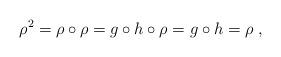
LaTeX: \begin{align*}\rho^2=\rho\circ\rho=g\circ h\circ\rho=g\circ h=\rho\;,\end{align*}